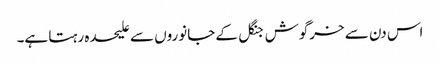
اس دن سے خرگوش جنگل کے جانوروں سے علیحدہ رہتا ہے۔